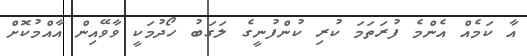
އާ ކަމެއް އެންމެ ފުރަތަމަ ކުރި ކުންފުނީގެ ލަގަބު ހޯދުމަކީ ވާވޭއިން އާއްމުކޮށް